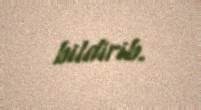
bildirib.